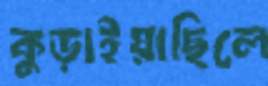
কুড়াইয়াছিলে